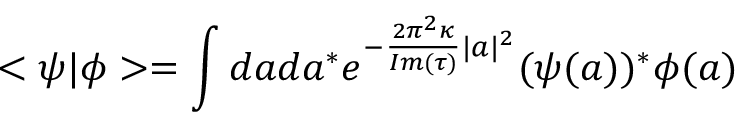
< \psi | \phi > = \int d a d a ^ { * } e ^ { - { \frac { 2 \pi ^ { 2 } \kappa } { I m ( \tau ) } } | a | ^ { 2 } } ( \psi ( a ) ) ^ { * } \phi ( a )